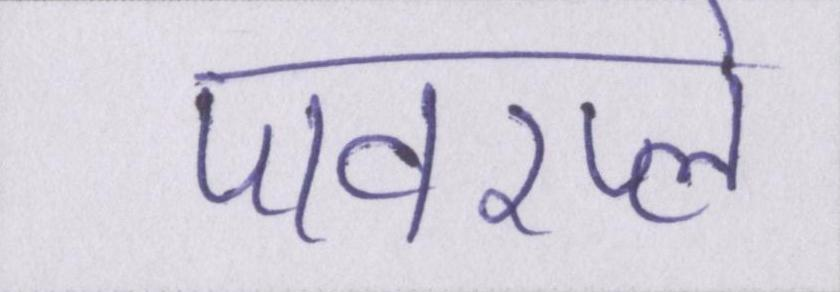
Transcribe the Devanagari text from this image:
पावरप्ले